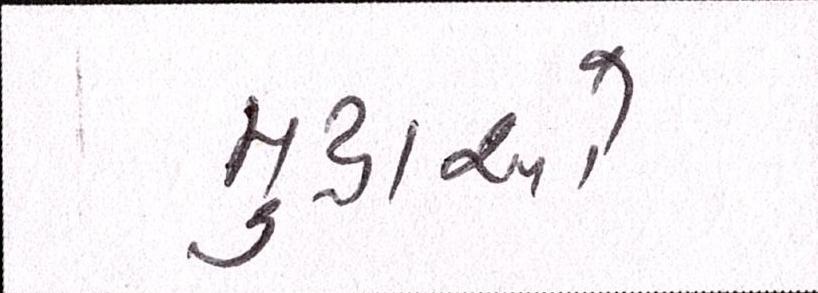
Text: મુદ્દાઓ